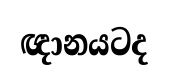
ඥානයටද